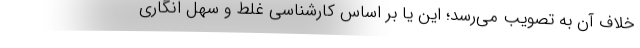
خلاف آن به تصویب می‌رسد؛ این یا بر اساس کارشناسی غلط و سهل انگاری